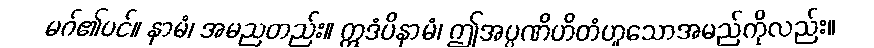
မဂ်၏ပင်။ နာမံ၊ အမညတည်း။ ဣဒံပိနာမံ၊ ဤအပ္ပဏိဟိတံဟူသောအမည်ကိုလည်း။